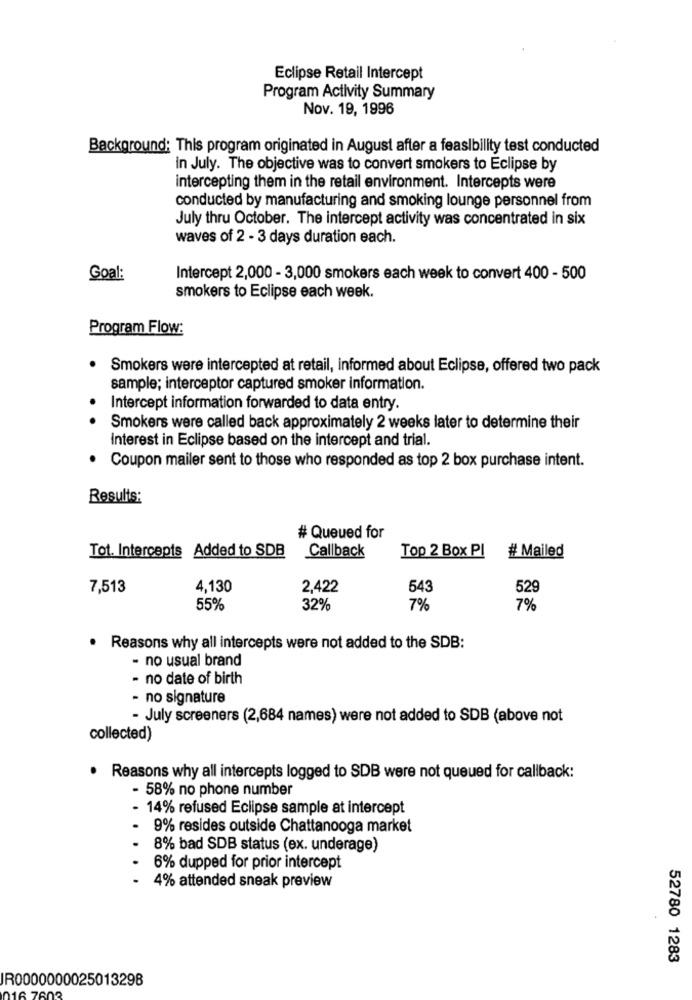
Eclipse Retail Intercept
Program Activity Summary
Nov. 19, 1996
Background: This program originated in August after a feasibility test conducted
in July. The objective was to convert smokers to Eclipse by
intercepting them in the retail environment. Intercepts were
conducted by manufacturing and smoking lounge personnel from
July thru October. The intercept activity was concentrated in six
waves of 2 - 3 days duration each.
Goal:
Intercept 2,000 - 3,000 smokers each week to convert 400 - 500
smokers to Eclipse each week.
Program Flow:
.
Smokers were intercepted at retail, informed about Eclipse, offered two pack
sample; interceptor captured smoker information.
Intercept information forwarded to data entry.
Smokers were called back approximately 2 weeks later to determine their
Interest in Eclipse based on the intercept and trial.
.
Coupon mailer sent to those who responded as top 2 box purchase intent.
Results:
# Queued for
Tot. Intercepts Added to SDB
Callback
Top 2 Box Pl
# Mailed
7,513
4,130
2,422
543
529
55%
32%
7%
7%
.
Reasons why all intercepts were not added to the SDB:
- no usual brand
- no date of birth
- no signature
- July screeners (2,684 names) were not added to SDB (above not
collected)
· Reasons why all intercepts logged to SDB were not queued for callback:
- 58% no phone number
- 14% refused Eclipse sample at intercept
9% resides outside Chattanooga market
8% bad SDB status (ex. underage)
6% dupped for prior intercept
4% attended sneak preview
52780 1283
IR0000000025013298
16 7602